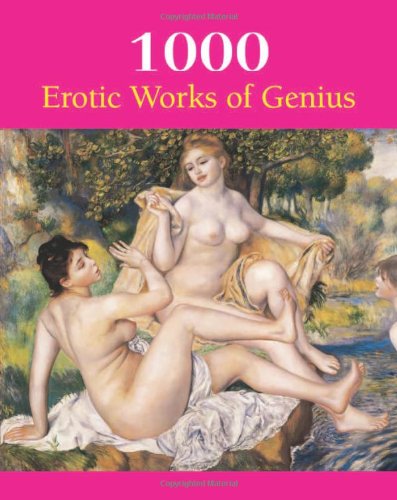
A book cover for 1000 Erotic Works of Genius; Hans-Jurgen Dopp; Arts & Photography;